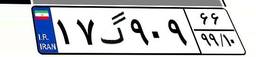
۱۴گ۷۳۵۷۴